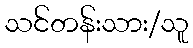
သင်တန်းသား/သူ